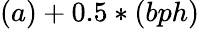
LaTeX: (a)+0.5*(bph)